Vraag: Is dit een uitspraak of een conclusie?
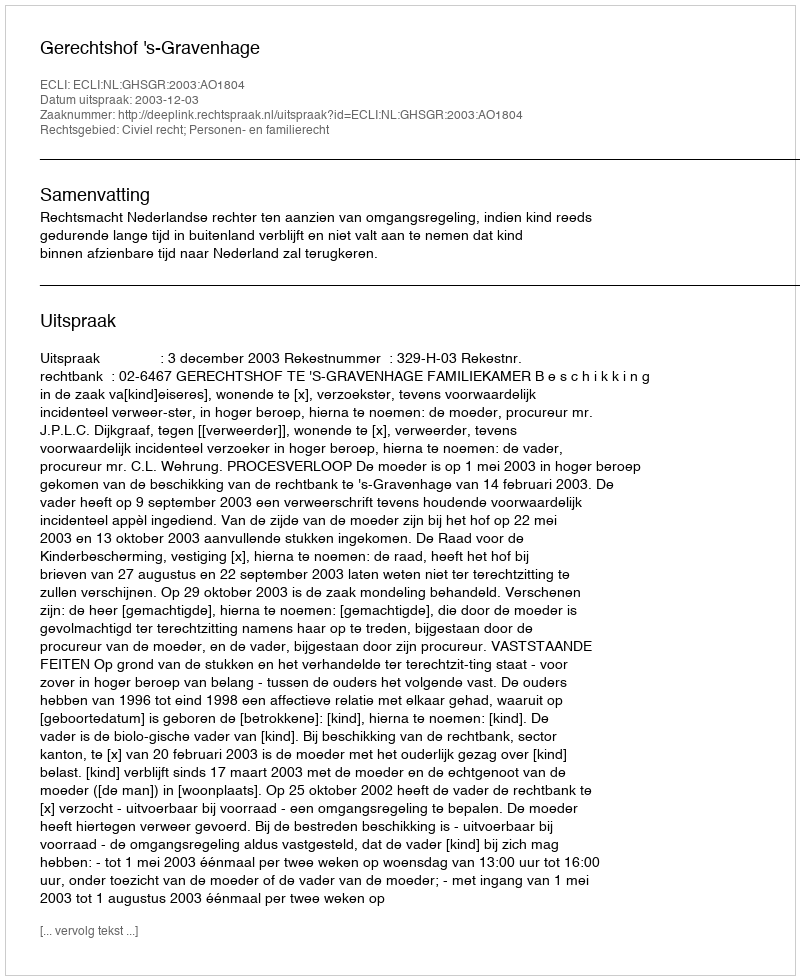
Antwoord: Uitspraak